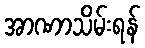
အာဏာသိမ်းရန်